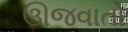
ઊજવાતો